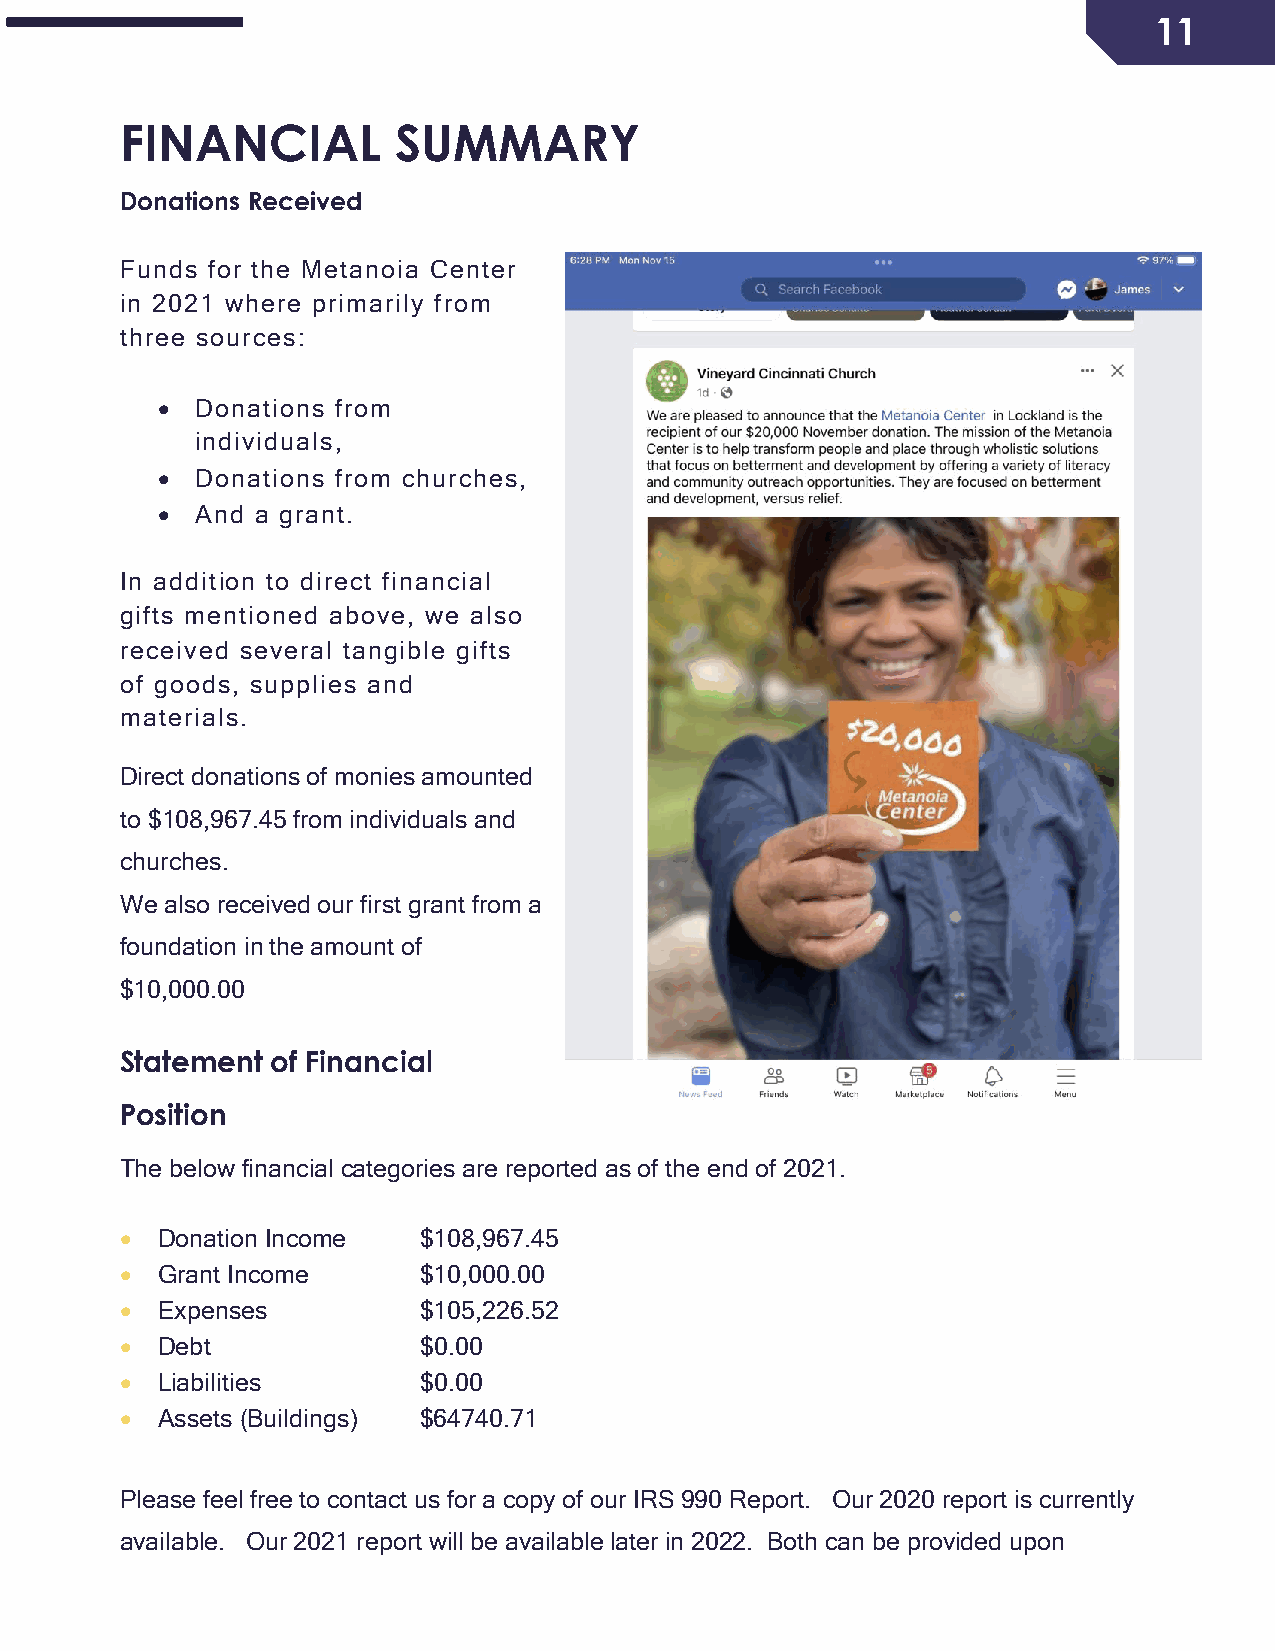
11
 FINANCIAL         SUMMARY
 Donations Received
 Funds for the Metanoia Center
 in 2021 where primarily from
 three sources:
 •  Donations from
 individuals,
 •  Donations from churches,
 •  And a grant.
 In addition to direct financial
 gifts mentioned above, we also
 received several tangible gifts
 of goods, supplies and
 materials.
 Direct donations of monies amounted
 to $108,967.45 from individuals and
 churches.
 We also received our first grant from a
 foundation in the amount of
 $10,000.00
 Statement of Financial
 Position
 The below financial categories are reported as of the end of 2021.
 • Donation Income   $108,967.45
 • Grant Income      $10,000.00
 • Expenses          $105,226.52
 • Debt              $0.00
 • Liabilities       $0.00
 • Assets (Buildings) $64740.71
 Please feel free to contact us for a copy of our IRS 990 Report. Our 2020 report is currently
 available. Our 2021 report will be available later in 2022. Both can be provided upon